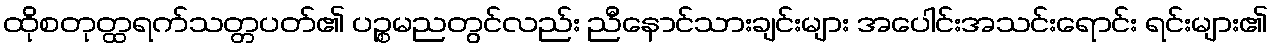
ထိုစတုတ္ထရက်သတ္တပတ်၏ ပဉ္စမညတွင်လည်း ညီနောင်သားချင်းများ အပေါင်းအသင်းရောင်း ရင်းများ၏